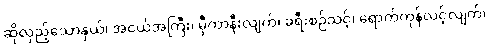
ဆိုလှည့်သောနှယ်၊ အငယ်အကြီး၊ မှီကာနီးလျက်၊ ခရီးစဉ်သင့်၊ ရောက်ကုန်လင့်လျက်၊